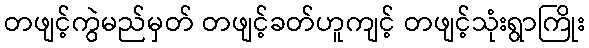
တဖျင့်ကွဲမည်မှတ် တဖျင့်ခတ်ဟူကျင့် တဖျင့်သုံးရွာကြိုး